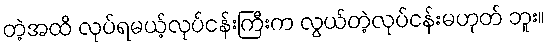
တဲ့အထိ လုပ်ရမယ့်လုပ်ငန်းကြီးက လွယ်တဲ့လုပ်ငန်းမဟုတ် ဘူး။